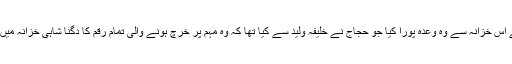
محمد بن قاسم نے اس خزانہ سے وہ وعدہ پورا کیا جو حجاج نے خلیفہ ولید سے کیا تھا کہ وہ مہم پر خرچ ہونے والی تمام رقم کا دگنا شاہی خزانہ میں داخل کر دے گا۔